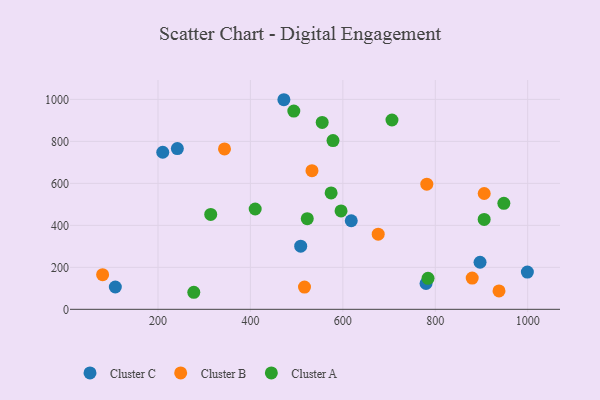
{"axis": {"x": "Investment", "y": "Profit"}, "legend": ["Cluster A", "Cluster B", "Cluster C"], "data": [{"x": "107.7", "y": 106.4, "type": "Cluster C"}, {"x": "210.3", "y": 748.3, "type": "Cluster C"}, {"x": "896.9", "y": 224.3, "type": "Cluster C"}, {"x": "508.8", "y": 300.7, "type": "Cluster C"}, {"x": "472.4", "y": 998.5, "type": "Cluster C"}, {"x": "618.2", "y": 421.9, "type": "Cluster C"}, {"x": "241.9", "y": 765.6, "type": "Cluster C"}, {"x": "780.0", "y": 122.9, "type": "Cluster C"}, {"x": "999.3", "y": 177.2, "type": "Cluster C"}, {"x": "781.7", "y": 596.4, "type": "Cluster B"}, {"x": "676.5", "y": 358.1, "type": "Cluster B"}, {"x": "533.2", "y": 660.3, "type": "Cluster B"}, {"x": "905.9", "y": 551.7, "type": "Cluster B"}, {"x": "343.9", "y": 764.2, "type": "Cluster B"}, {"x": "80.2", "y": 165.2, "type": "Cluster B"}, {"x": "879.9", "y": 148.7, "type": "Cluster B"}, {"x": "517.0", "y": 106.2, "type": "Cluster B"}, {"x": "937.9", "y": 87.5, "type": "Cluster B"}, {"x": "277.5", "y": 81.2, "type": "Cluster A"}, {"x": "314.1", "y": 452.2, "type": "Cluster A"}, {"x": "574.6", "y": 554.4, "type": "Cluster A"}, {"x": "493.9", "y": 944.3, "type": "Cluster A"}, {"x": "905.8", "y": 428.3, "type": "Cluster A"}, {"x": "523.0", "y": 431.7, "type": "Cluster A"}, {"x": "410.3", "y": 477.8, "type": "Cluster A"}, {"x": "784.3", "y": 147.5, "type": "Cluster A"}, {"x": "555.3", "y": 890.3, "type": "Cluster A"}, {"x": "578.7", "y": 804.1, "type": "Cluster A"}, {"x": "948.4", "y": 504.8, "type": "Cluster A"}, {"x": "706.3", "y": 901.9, "type": "Cluster A"}, {"x": "596.1", "y": 468.7, "type": "Cluster A"}]}